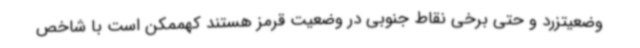
وضعیتزرد و حتی برخی نقاط جنوبی در وضعیت قرمز هستند کهممکن است با شاخص